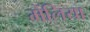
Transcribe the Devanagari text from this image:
मेंलिया